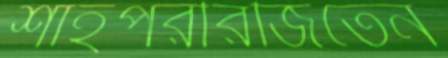
শাহপরীরজিতেন